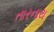
તારનાથ